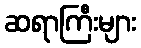
ဆရာကြီးများ